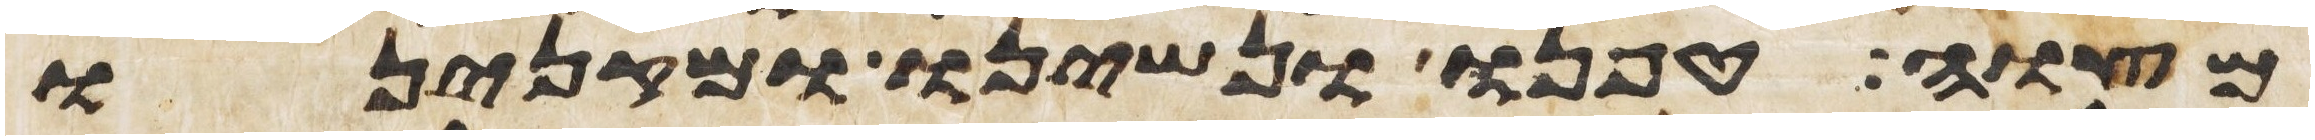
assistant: מצוה טפנו ונשינו ומקנינו